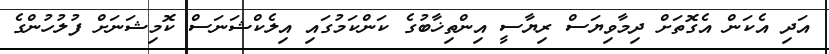
އަދި އެކަން އެގޮތަށް ދިމާވިޔަސް ރިޔާސީ އިންތިޚާބުގެ ކަންކަމުގައި އިލެކްޝަނަސް ކޮމިޝަނަށް ފުލުހުންގެ